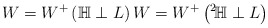
\begin{align*} W = W^{+}\left(\mathbb{H} \perp L\right) W = W^{+}\left({}^{2}\!{\mathbb{H}} \perp L\right) \end{align*}